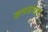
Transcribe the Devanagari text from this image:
जलप्रसाद